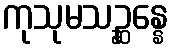
ကုသုမသဉ္ဆန္နေ